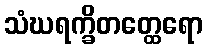
သံဃရက္ခိတတ္ထေရော